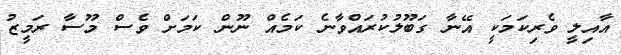
އާއިލީ ވެރިކަމަކީ އޭނާ ގަބޫލުކުރައްވާނެ ކަމެއް ނޫން ކަމަށް ވެސް މޫސާ ރަމީޒު